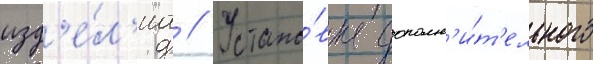
изд'е́л'иа // Устано́вка дополн'и́т'ельного